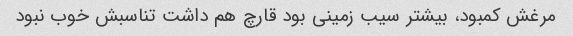
مرغش کمبود، بیشتر سیب زمینی بود قارچ هم داشت تناسبش خوب نبود